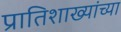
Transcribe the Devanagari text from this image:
प्रातिशाख्यांच्या